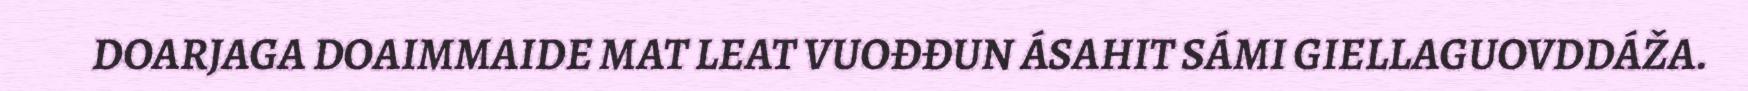
DOARJAGA DOAIMMAIDE MAT LEAT VUOĐĐUN ÁSAHIT SÁMI GIELLAGUOVDDÁŽA.